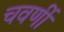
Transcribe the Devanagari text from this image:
चवर्णी